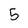
Character: 5